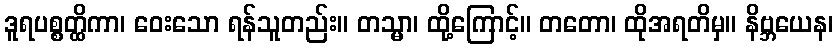
ဒူရပစ္စတ္ထိကာ၊ ဝေးသော ရန်သူတည်း။ တသ္မာ၊ ထို့ကြောင့်။ တတော၊ ထိုအရတိမှ။ နိဗ္ဘယေန၊